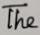
The